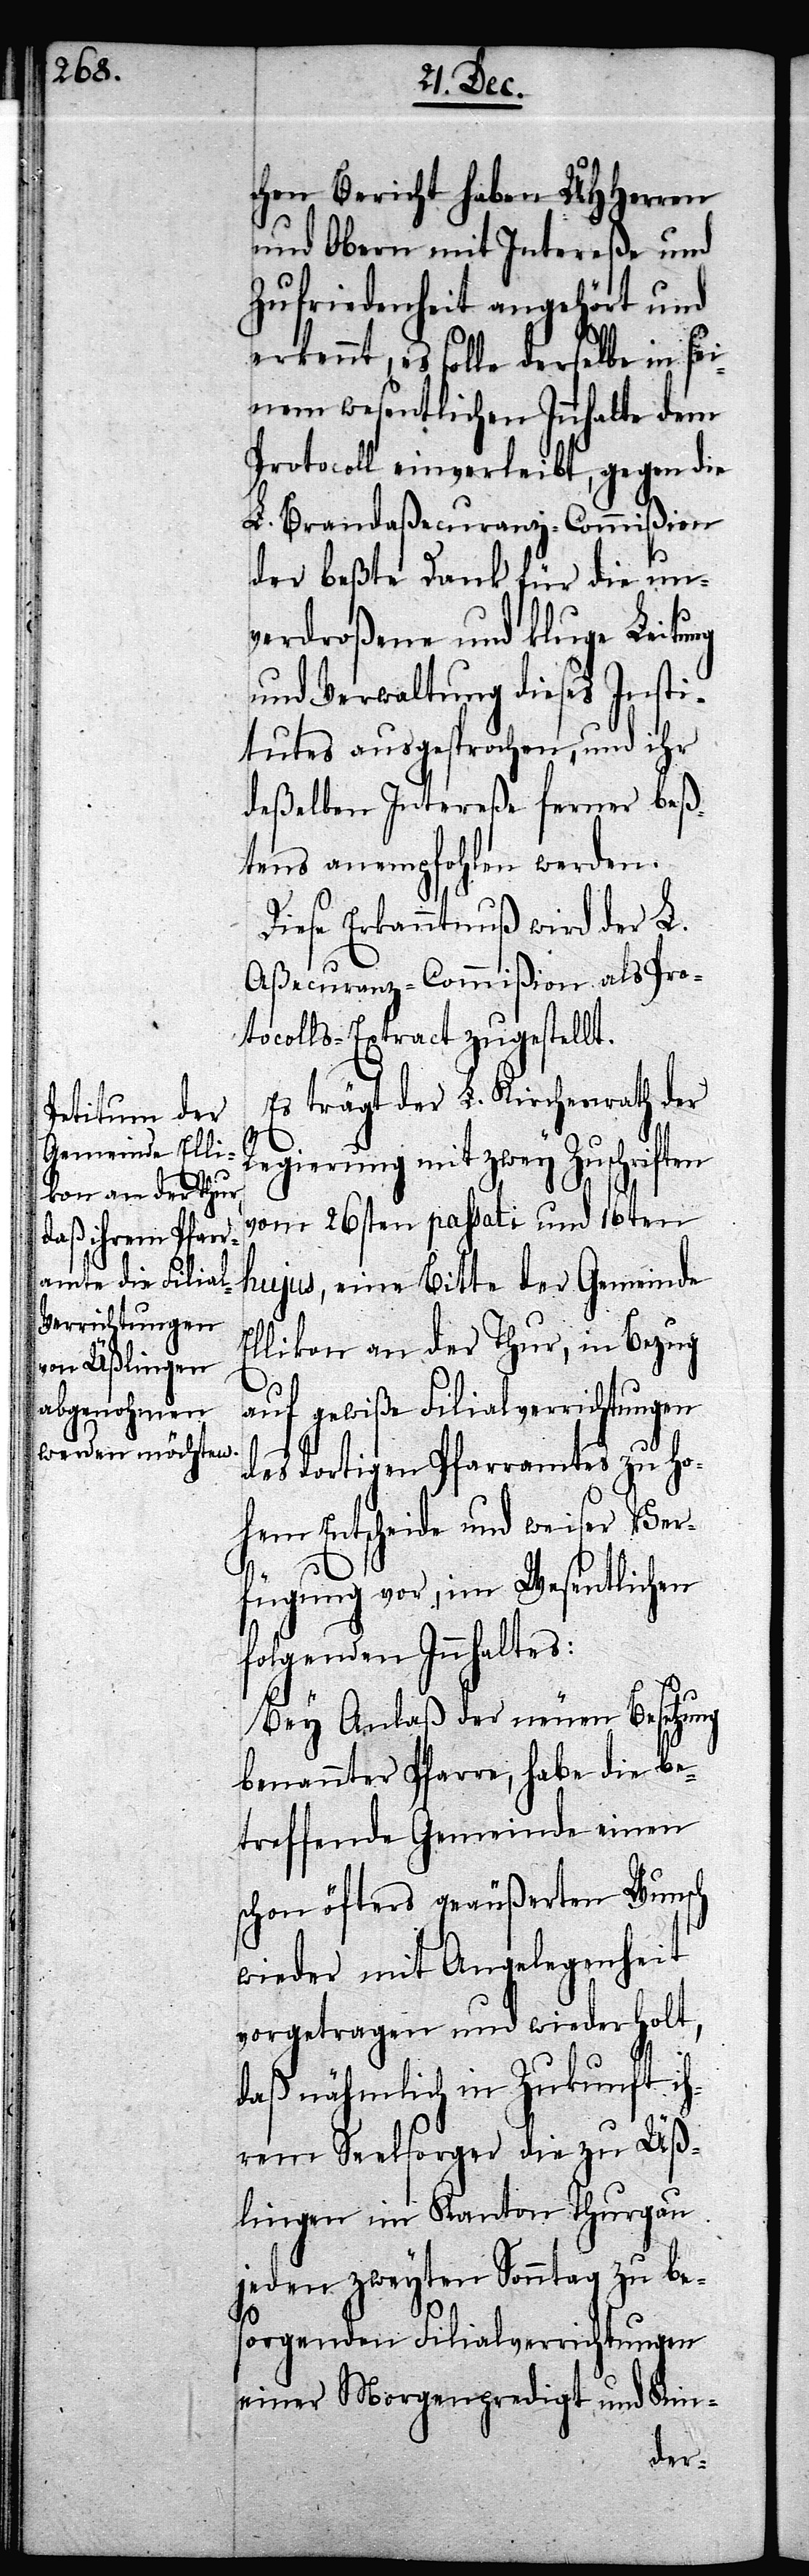
chen Bericht haben UHHerren
und Obern mit Intereße und
Zufriedenheit angehört und
erkennt, es solle derselbe in sei¬
nem wesentlichen Innhalte dem
Protocoll einverleibt, gegen die
L. Brandaßecuranz-Commißion
der beßte Dank für die un¬
verdroßene und kluge Leitung
und Verwaltung dieses Insti¬
tutes ausgesprochen, und ihr
deßelben Intereße ferner beß¬
tens anempfohlen werden.
Dieser Erkanntnuß wird der L.
Aßecuranz-Commißion als Pro¬
tocolls-Extract zugestellt.
Es trägt der L. Kirchenrath der
Regierung mit zwey Zuschriften
vom 26sten passati und 16ten
hujus, eine Bitte der Gemeinde
llikon an der Thur, in Bezug
auf gewiße Filialverrichtungen
des dortigen Pfarramtes zu Ho¬
hem Entscheide und weiser Ver¬
fügung vor, im Wesentlichen
folgenden Innhaltes:
Bey Anlaß der neuen Besetzung
benannter Pfarre, habe die be¬
treffende Gemeinde einen
schon öfters geäußerten Wunsch
wieder mit Angelegenheit
vorgetragen und wiederholt,
daß nähmlich in Zukunft ih¬
rem Seelsorger die zu Üß¬
lingen im Kanton Thurgau
jeden zweyten Sonntag zu bes¬
E¬
orgenden Filialverrichtungen
einer Morgenpredigt und Kin-